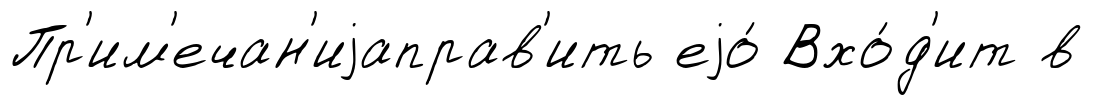
Пр'им'ечан'иjаправ'ить еjо́ Вхо́д'ит в